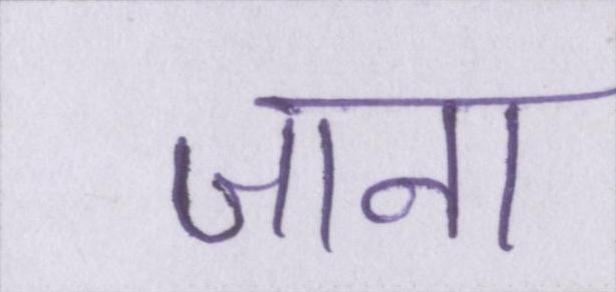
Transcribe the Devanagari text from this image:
जाना